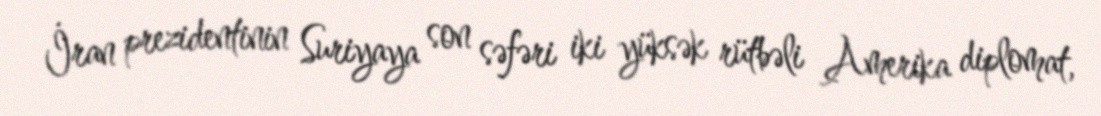
İran prezidentinin Suriyaya son səfəri iki yüksək rütbəli Amerika diplomat,